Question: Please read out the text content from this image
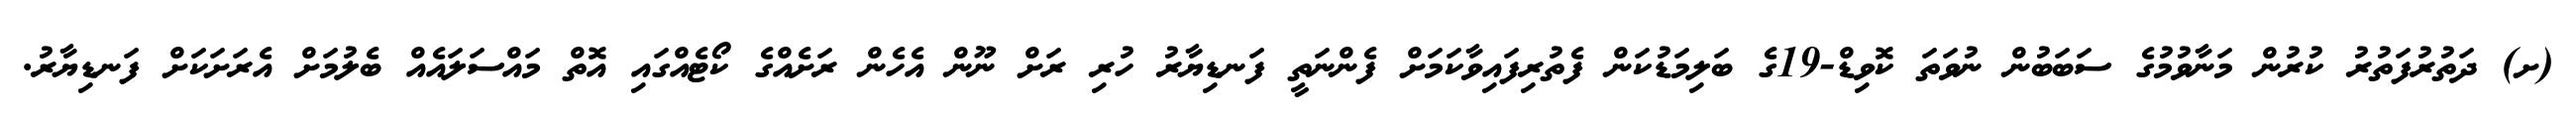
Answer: (ށ) ދަތުރުފަތުރު ކުރުން މަނާވުމުގެ ސަބަބުން ނުވަތަ ކޮވިޑް-19ގެ ބަލިމަޑުކަން ފެތުރިފައިވާކަމަށް ފެންނަތީ ފަނޑިޔާރު ހުރި ރަށް ނޫން އެހެން ރަށެއްގެ ކޯޓެއްގައި އޮތް މައްސަލައެއް ބެލުމަށް އެރަށަކަށް ފަނޑިޔާރު.